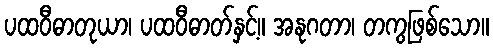
ပထဝီဓာတုယာ၊ ပထဝီဓာတ်နှင့်။ အနုဂတာ၊ တကွဖြစ်သော။